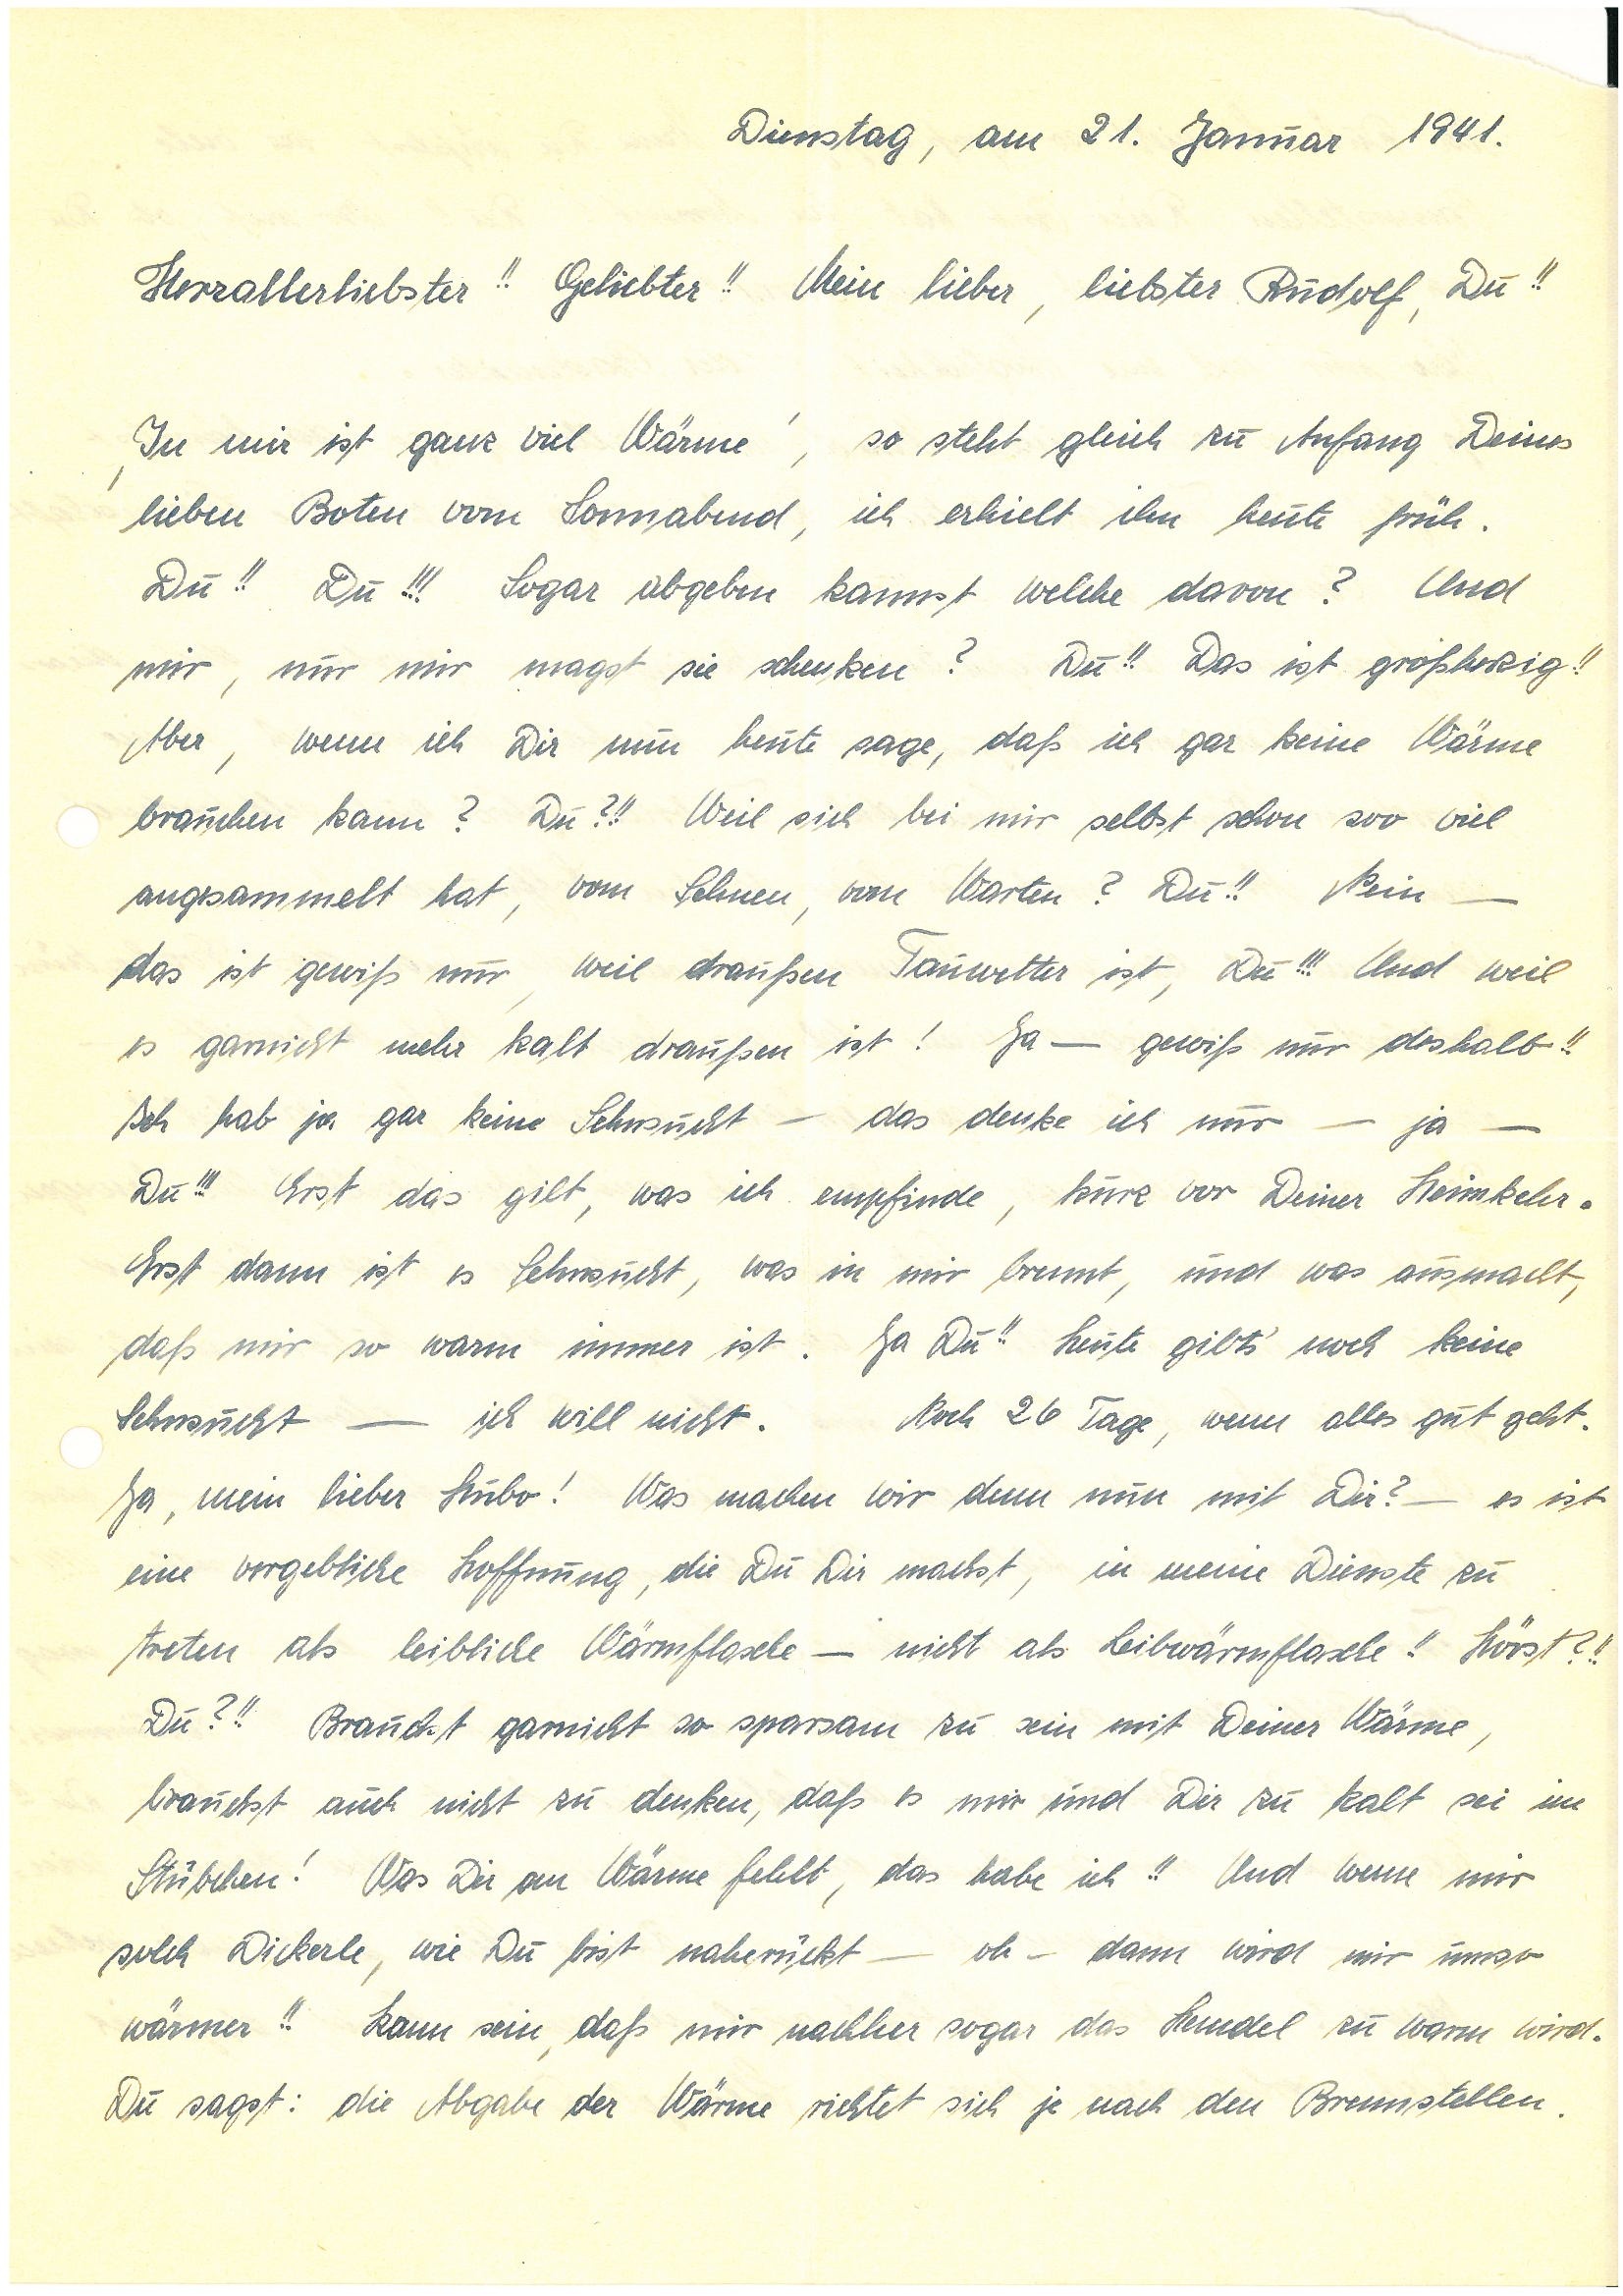
Dienstag, am 21. Januar 1941
Herzallerliebster!! Geliebter!! Mein lieber, liebster , Du!!
,In mir ist ganz viel Wärme’, so steht gleich zu Anfang Deines
lieben Boten vom Sonnabend, ich erhielt ihn heute früh.
Du!! Du!!! Sogar abgeben kannst welche davon? Und
mir, nur mir magst sie schenken? Du!! Das ist großherzig!!
Aber, wenn ich Dir nun heute sage, daß ich gar keine Wärme
brauchen kann? Du?!! Weil sich bei mir selbst schon soo viel
angesammelt hat, vom Sehnen, vom Warten? Du!! Nein —
das ist gewiß nur, weil draußen Tauwetter ist, Du!!! Und weil
es garnicht mehr kalt draußen ist! Ja — gewiß nur deshalb!!
Ich hab ja gar keine Sehnsucht — das denke ich nur — ja —
Du!!! Erst das gilt, was ich empfinde, kurz vor Deiner Heimkehr.
Erst dann ist es Sehnsucht, was in mir brennt, und was ausmacht,
daß mir so warm immer ist. Ja Du!! Heute gibt’s noch keine
Sehnsucht — ich will nicht. Noch 26 Tage, wenn alles gut geht.
Ja, mein lieber Hubo! Was machen wir denn nun mit Dir? — es ist
eine vergebliche Hoffnung, die Du Dir machst, in meine Dienste zu
treten als leibliche Wärmflasche – nicht als Leibwärmflasche!! Hörst?!!
Du?!! Brauchst gar nicht so sparsam zu sein mit Deiner Wärme,
brauchst auch nicht zu denken, daß es mir und Dir zu kalt sei im
Stübchen! Was Dir an Wärme fehlt, das habe ich!! Und wenn mir
solch Dickerle, wie Du bist nahe rückt — Oh – dann wird mir umso
wärmer!! Kann sein, daß mir nachher sogar das Hemdel zu warm wird.
Du sagst: Die Abgabe der Wärme richtet sich je nach den Brennstellen.